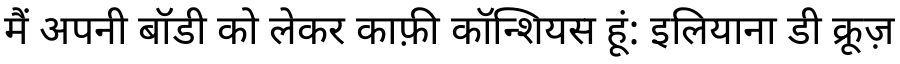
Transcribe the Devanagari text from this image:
मैं अपनी बॉडी को लेकर काफ़ी कॉन्शियस हूं: इलियाना डी क्रूज़